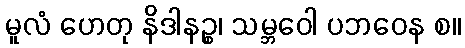
မူလံ ဟေတု နိဒါနဉ္စ၊ သမ္ဘဝေါ ပဘဝေန စ။